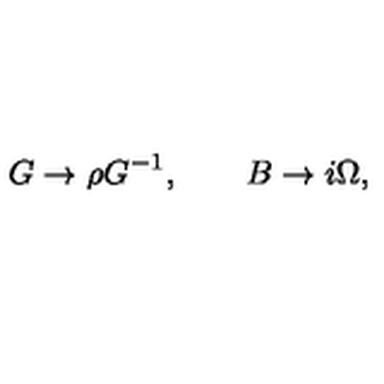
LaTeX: G \rightarrow \rho G ^ { - 1 } , \qquad B \rightarrow i \Omega ,